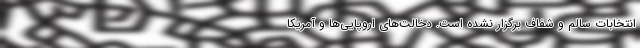
انتخابات سالم و شفاف برگزار نشده است. دخالت‌های اروپایی‌ها و آمریکا